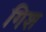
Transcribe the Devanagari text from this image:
गिश